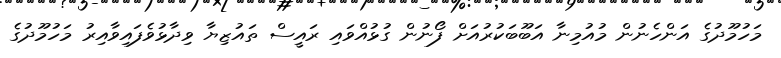
މަހުމޫދުގެ އަންހެނުން މުއުމިނާ އަބޫބަކުރުއަށް ފޯނުން ގުޅުއްވައި ރައީސް ތައުޒިޔާ ވިދާޅުވެފައިވާއިރު މަހުމޫދުގެ